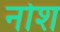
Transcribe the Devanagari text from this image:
नोश